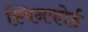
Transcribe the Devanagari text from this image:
स्विनफोर्ड